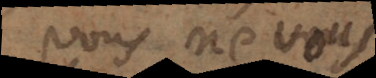
vous ne vous